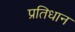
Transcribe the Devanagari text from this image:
प्रतिधान